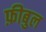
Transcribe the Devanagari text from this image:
फ़ीबुल